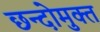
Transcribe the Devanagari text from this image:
छन्दोमुक्त